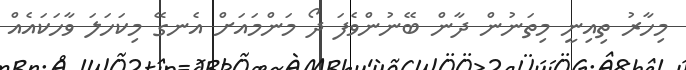
މިހާރު ތިއިނީ މިތަނުން ދާން ބޭނުންވެފަ ދޯ މަންމައަށް އެނގޭ މިކަހަލަ ވާހަކައެއް